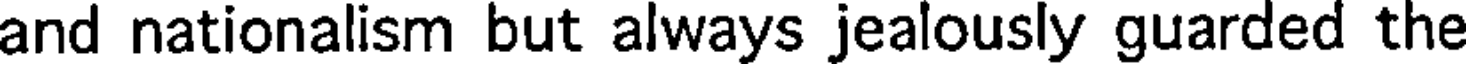
and nationalism but always jealously guarded the